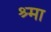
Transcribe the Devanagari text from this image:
श्र्मा